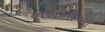
ખરાબીઓ